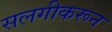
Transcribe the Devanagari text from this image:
सलगीकरून